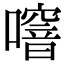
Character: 噾